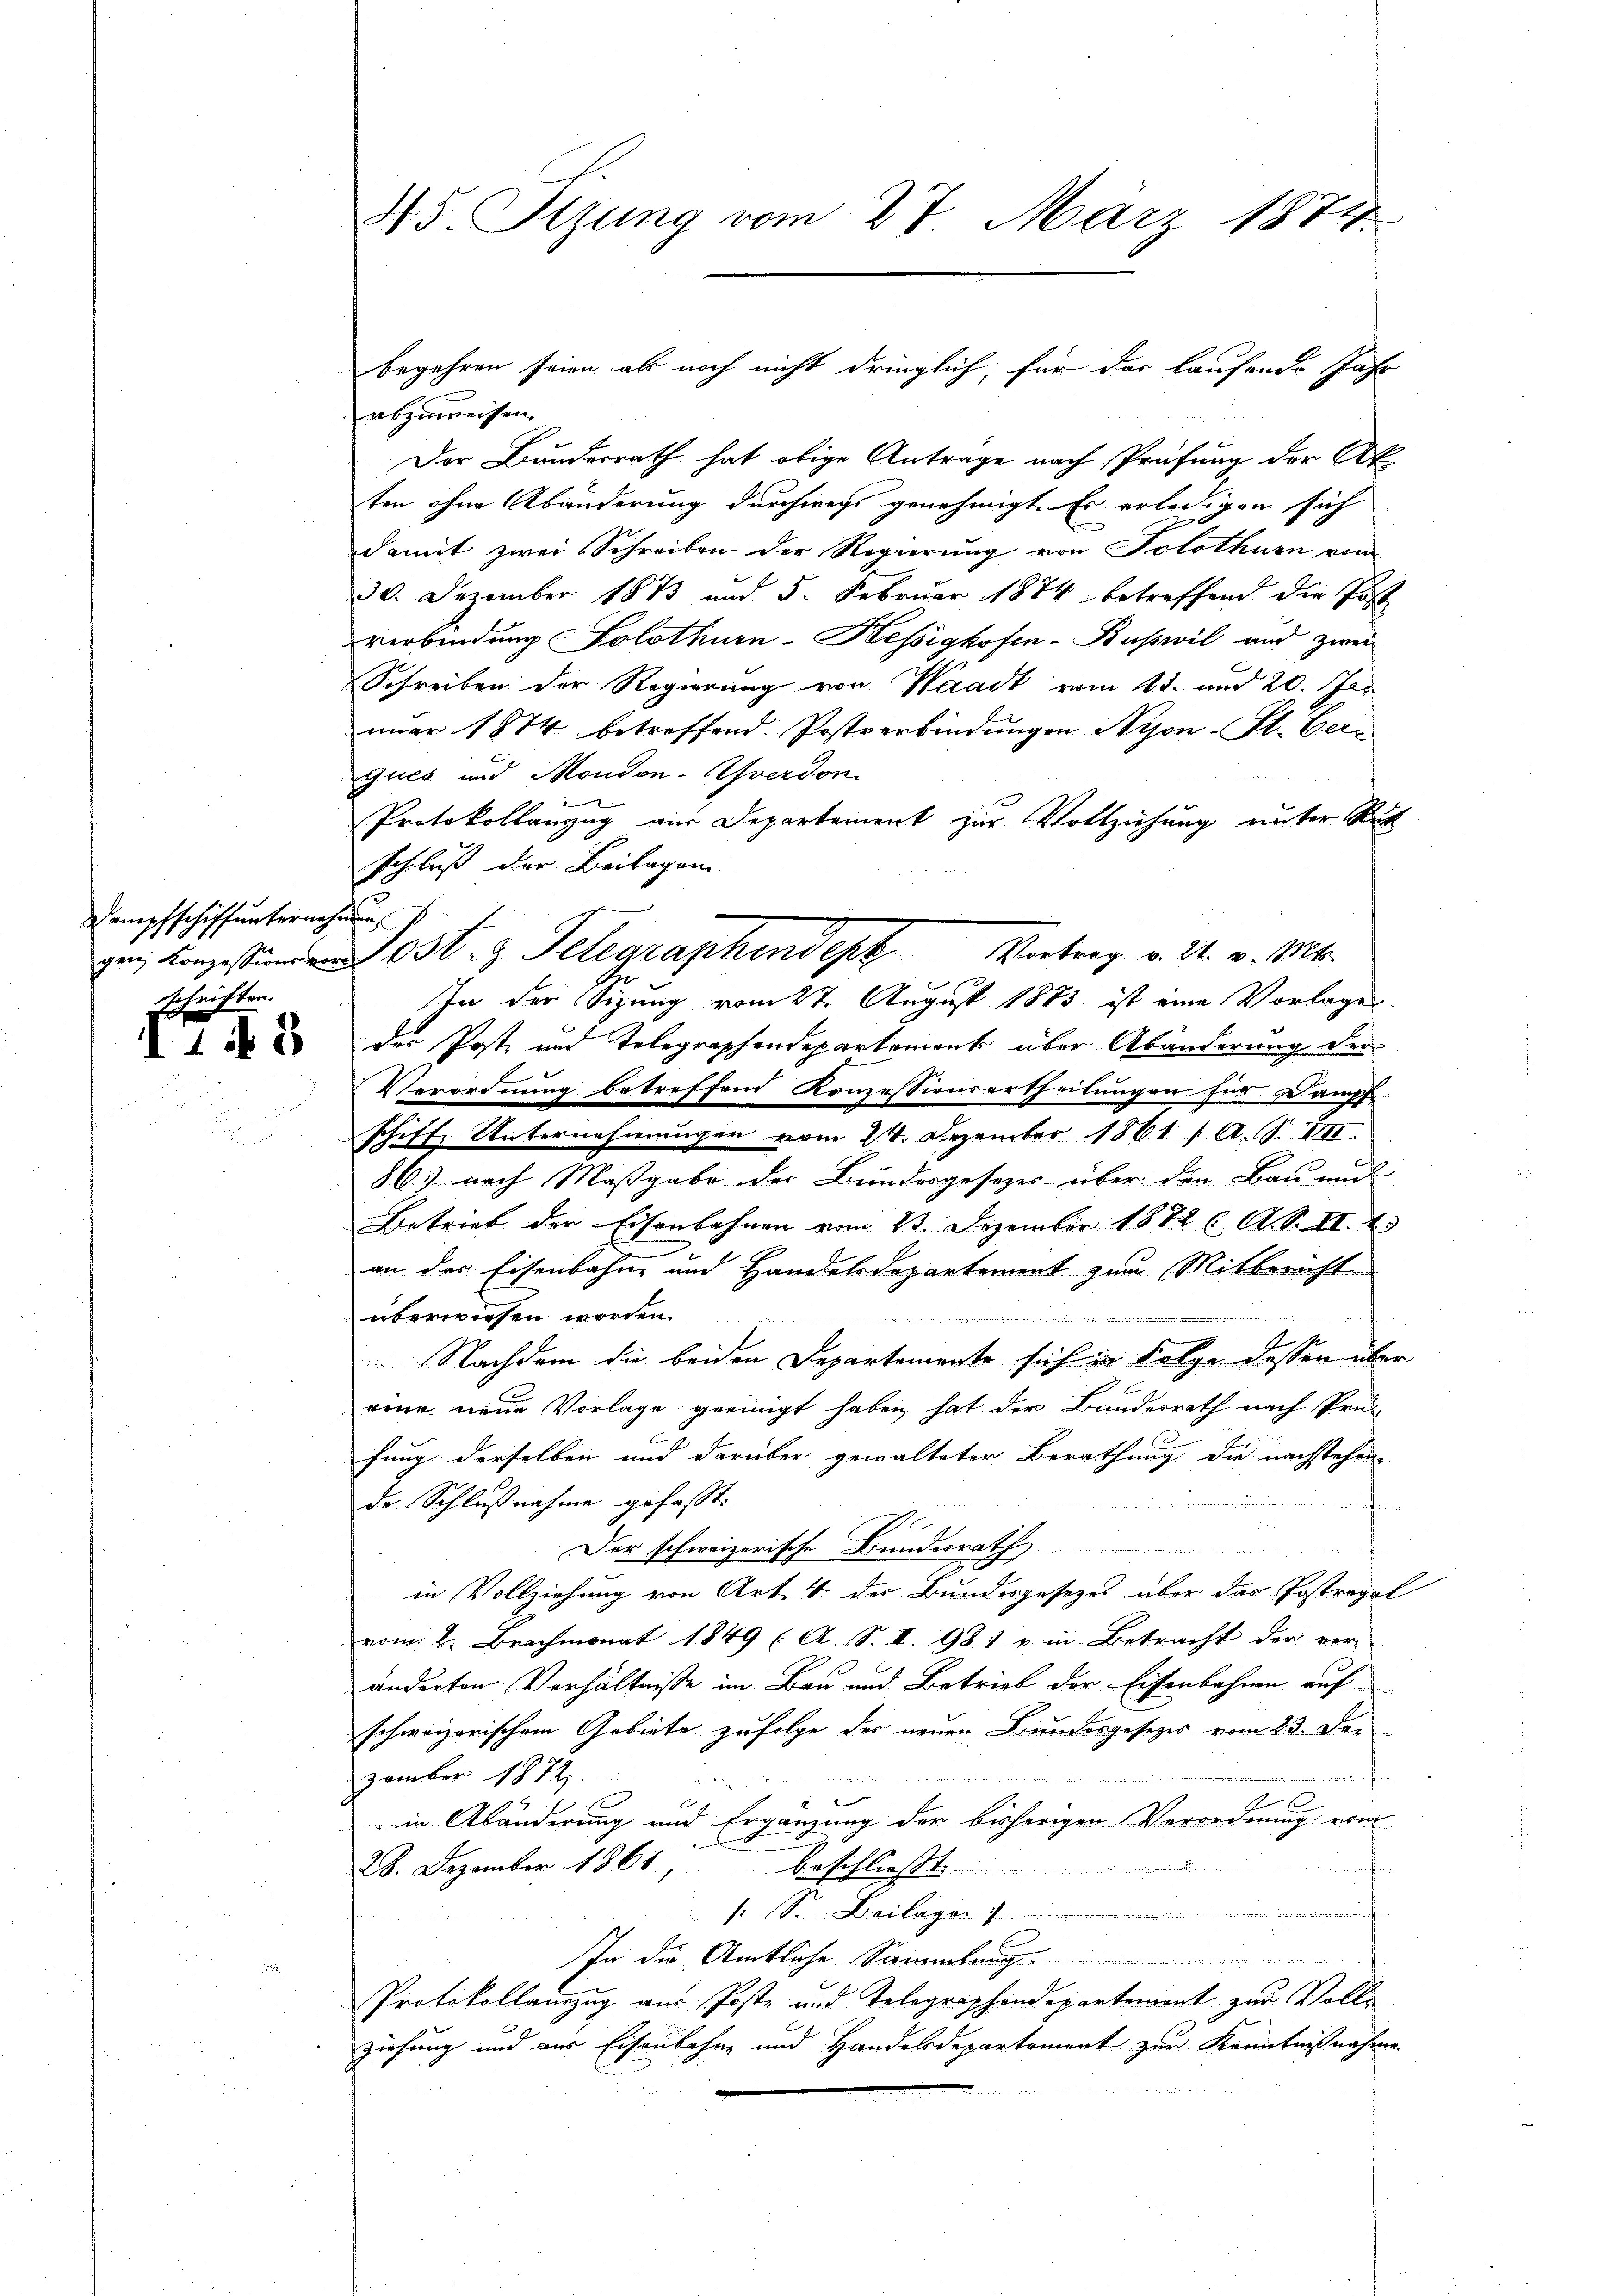
Dampfschiff unternahm
schriften.

118

45. Sizung vom 27. März 1874

abzuweisen.
Der Bundesrath hat obige Antrage nach Prüfung der Ak
ten ohne Abänderung durchwegs genehmigt. Es erledigen sich
damit zwei Schreiben der Regierung von Solothurn vom
30. Dezember 1873 und 5. Februar 1874 betreffend die Post
verbindung Solothurn-Kessighofen-Buswil und zwei
Schreiben der Regierung von Waadt vom 15. und 20. Jan
nuar 1874 betreffend. Postverbindungen Wijon-St. Bern
ques und Mondon-Yverdon
.
Protokollanzug aus Departement zur Vollziehung unter Rück
schluß der Beilagen

In der Sizung vom 27. August 1883 ist eine Vorlages
der Poste und Telegraphendepartement über Abänderung der¬
Verordnung betreffend Konzessionsertheilungen für Dampf
schiff. Unternehmungen vom 24. Dezember 1861 f. A. S. VII.
86.) nach Maßgabe der Bundesgesezes über den Bau und
Betrieb der Eisenbahnen vom 23. Dezember 1882 l. A. S. II. 1
an der Eisenbahne und Handelsdepartement zum Mitbericht
überwiesen worden.
.
Nachdem die beiden Departemente sich in Folge dessen über
eine neue Vorlage geeinigt haben hat der Bundesrath nach Prü-
fung derselben und darüber gewalteter Berathung die nachstehen
de Schlußnahme gefasst:

f
i
Der schweizerische Bundesrath
in Vollziehung von Art. 4 der Bundesgesezes über das Postregol
vom 2. Brachmonat 1849 (A. S. II. 98. 1 u. in Betracht der ver-
änderten Verhältnisse im Bau und Betrieb der Eisenbahnen auf
schweizerischem Gebiete zufolge der neuen Bundesgesezes vom 23. Den
zember 1872.
e
.
e
4 x
in Abänderung und Ergänzung der bisherigen Verordnung vom
28. Dezember 1861
a
beschliesst.

 . Beilage
In die Amtliche Sammlung
Protokollauszug aus Poste und Telegraphendepartement zur Vollziehung und aus Eisenbahne und Handelsdepartement zur Kenntnißnahme.

begehren seien als noch nicht dringlich, für das laufende Jahr

ge Konzess Ost Telegraphendept Vortrag v. 21. v. Mts.